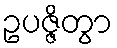
ဥပဇ္ဇိတွာ